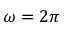
\omega = 2 \pi